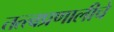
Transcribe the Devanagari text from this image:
तत्त्वप्रणालीचे